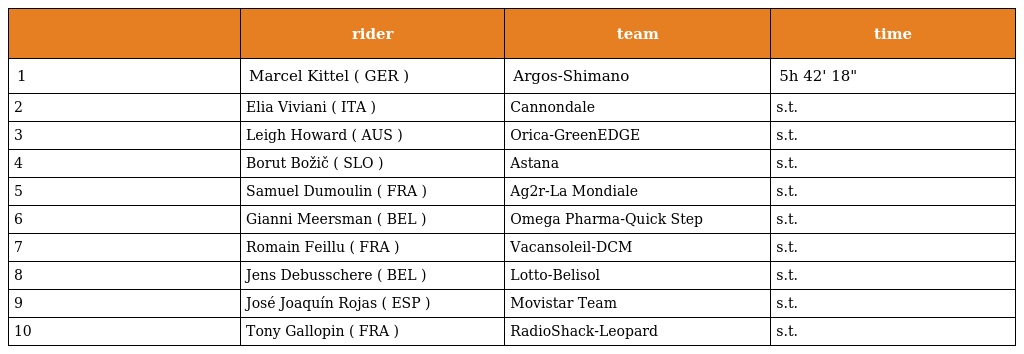
|  | rider | team | time |
 | --- | --- | --- | --- |
 | 1 | Marcel Kittel ( GER ) | Argos-Shimano | 5h 42' 18" |
 | 2 | Elia Viviani ( ITA ) | Cannondale | s.t. |
 | 3 | Leigh Howard ( AUS ) | Orica-GreenEDGE | s.t. |
 | 4 | Borut Božič ( SLO ) | Astana | s.t. |
 | 5 | Samuel Dumoulin ( FRA ) | Ag2r-La Mondiale | s.t. |
 | 6 | Gianni Meersman ( BEL ) | Omega Pharma-Quick Step | s.t. |
 | 7 | Romain Feillu ( FRA ) | Vacansoleil-DCM | s.t. |
 | 8 | Jens Debusschere ( BEL ) | Lotto-Belisol | s.t. |
 | 9 | José Joaquín Rojas ( ESP ) | Movistar Team | s.t. |
 | 10 | Tony Gallopin ( FRA ) | RadioShack-Leopard | s.t. |